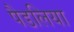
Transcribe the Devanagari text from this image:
पैडलिया